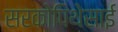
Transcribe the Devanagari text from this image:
सरकोपिथेसाई